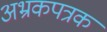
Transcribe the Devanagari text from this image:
अभ्रकपत्रक